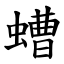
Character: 螬